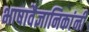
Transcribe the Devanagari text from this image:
भाषावैज्ञानिकांनी